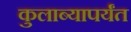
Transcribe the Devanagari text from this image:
कुलाब्यापर्यंत